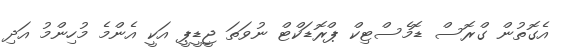
އެގޮތުން ގްރޮސް ޑޮމެސްޓިކް ޕްރޮޑަކްޓް ނުވަތަ ޖީޑީޕީ އަކީ އެންމެ މުހިންމު އަދި